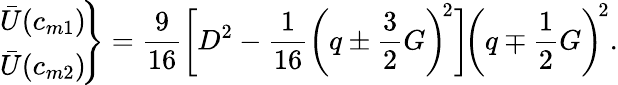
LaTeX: \begin{array}{ccc}{\displaystyle{\left.\begin{array}{l}{\bar{U}(c_{m1})}\\ {\bar{U}(c_{m2})}\end{array}\! \right\} =\frac{9}{16}\bigg[D^{2}-\frac{1}{16}\bigg(q\pm\frac{3}{2}G\bigg)^{\! 2}\bigg]\! \bigg(q\mp\frac{1}{2}G\bigg)^{\! 2}.}}\end{array}